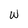
Character: w